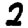
Digit: 2